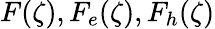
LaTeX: F(\zeta),F_{e}(\zeta),F_{h}(\zeta)